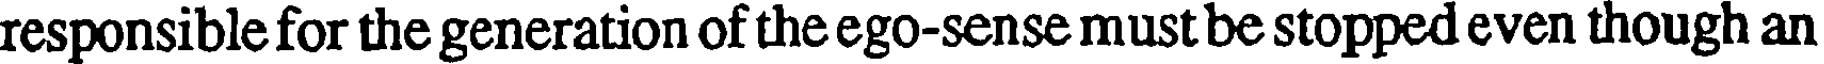
responsible for the generation of the ego-sense must be stopped even though an